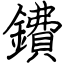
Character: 鐨